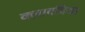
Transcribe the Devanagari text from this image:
क्लावदिया